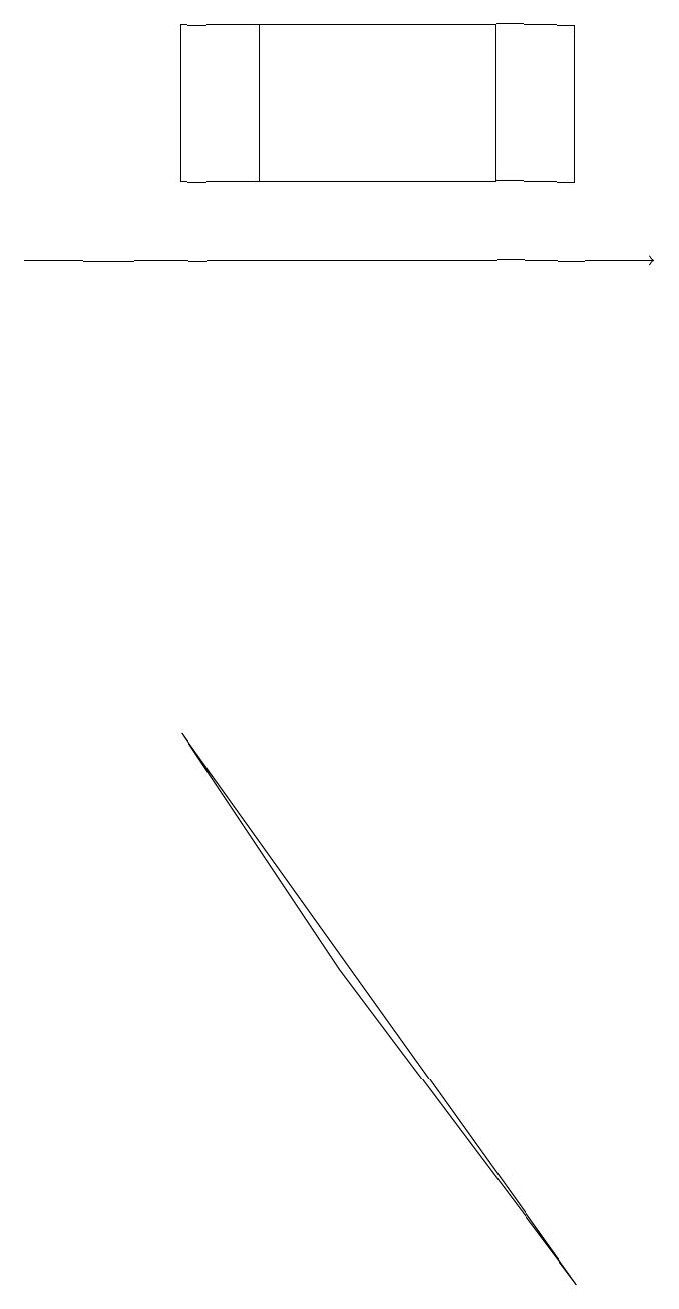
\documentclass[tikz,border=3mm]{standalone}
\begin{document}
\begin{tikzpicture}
\draw (7,18) rectangle (3,16);
\draw (2,18) rectangle (6,16);
\draw[->] (0,15) -- (8,15);
\draw (4,6) -- (2,9) -- (7,2) -- cycle;
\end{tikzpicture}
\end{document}